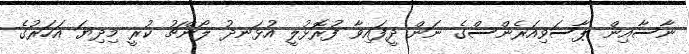
ނާސާއިން ޕާސަވިއަރެންސްގެ ނަން ދީފައިވާ ފުރޮޅުލީ އުޅަނދު ލޯންޗު ކުރީ މިދިޔަ އަހަރުގެ